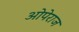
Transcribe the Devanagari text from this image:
ओपेराज